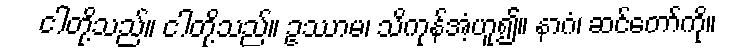
ငါတို့သည်။ ငါတို့သည်။ ဥဿာမ၊ သိကုန်အံ့ဟူ၍။ နာဂံ၊ ဆင်တော်ကို။